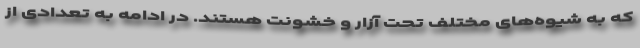
که به شیوه‌های مختلف تحت آزار و خشونت هستند. در ادامه به تعدادی از